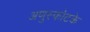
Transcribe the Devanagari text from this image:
अणुस्फोटके